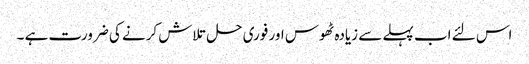
اس لئے اب پہلے سے زیادہ ٹھوس اور فوری حل تلاش کرنے کی ضرورت ہے ۔